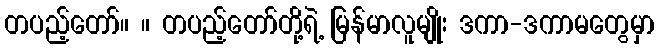
တပည့်တော်။ ။ တပည့်တော်တို့ရဲ့ မြန်မာလူမျိုး ဒကာ-ဒကာမတွေမှာ